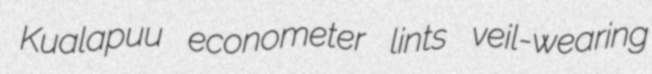
Kualapuu econometer lints veil-wearing